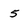
Character: 5